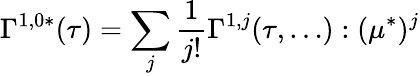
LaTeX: \Gamma^{1,0*}(\tau)=\sum_{j}\frac{1}{j!}\Gamma^{1,j}(\tau,\dots):(\mu^{*})^{j}